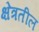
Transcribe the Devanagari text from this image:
क्षेत्रतील